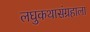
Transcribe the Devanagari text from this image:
लघुकथासंग्रहाला